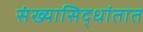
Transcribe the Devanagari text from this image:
संख्यासिद्धांतात